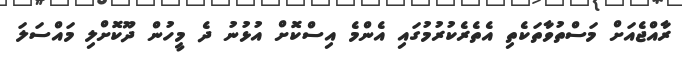
ރާއްޖެއަށް މަސްތުވާތަކެތި އެތެރެކުރުމުގައި އެންމެ އިސްކޮށް އުޅުނު ދެ މީހުން ދޫކޮށްލި މައްސަލަ